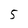
Character: 5